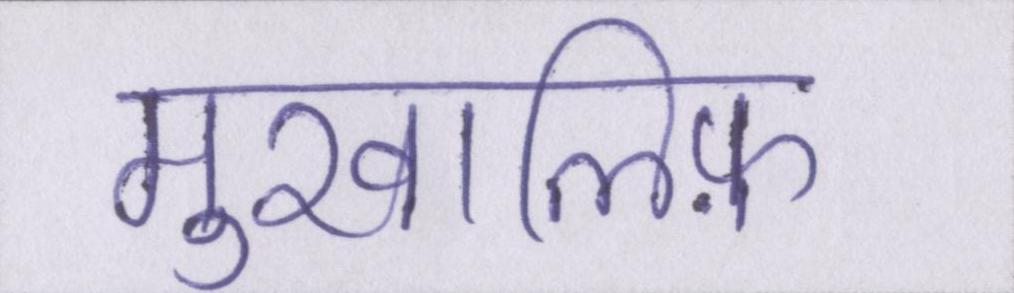
मुखालिफ़